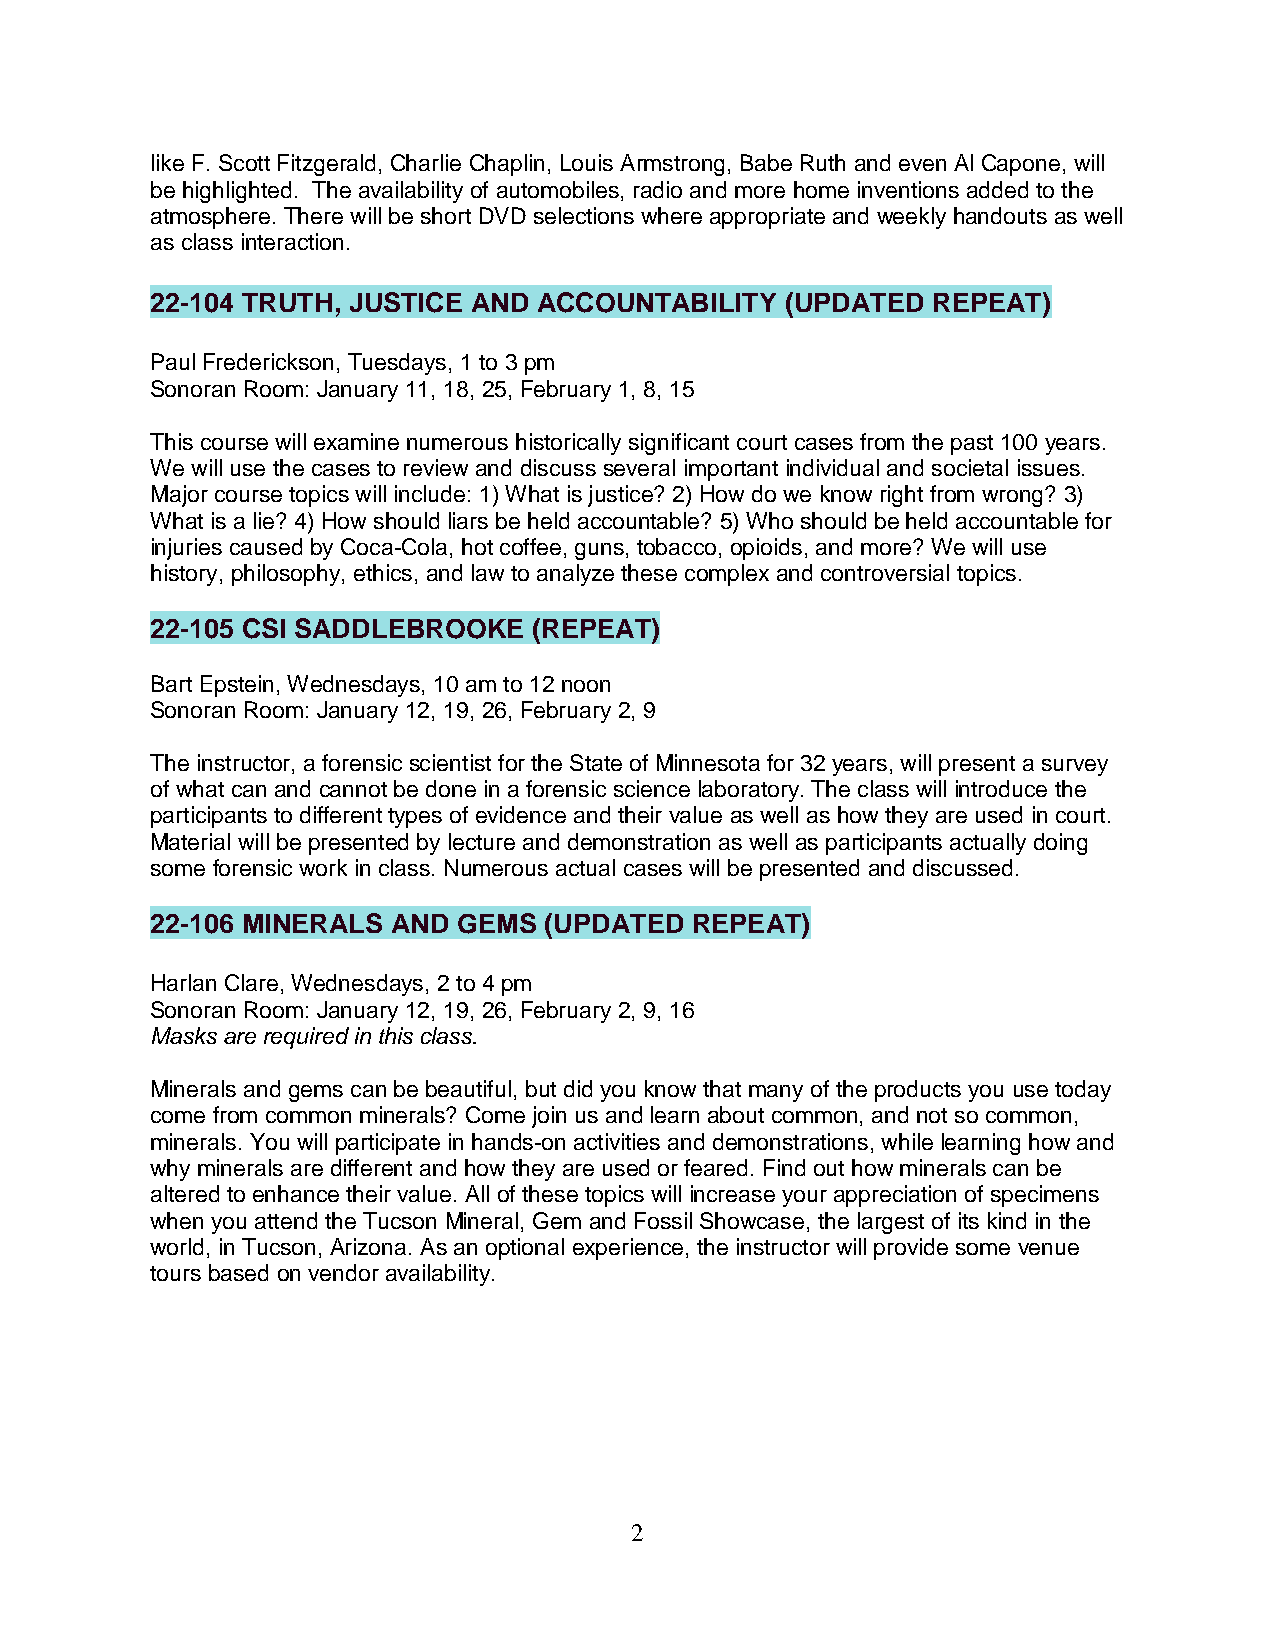
like F. Scott Fitzgerald, Charlie Chaplin, Louis Armstrong, Babe Ruth and even Al Capone, will
 be highlighted. The availability of automobiles, radio and more home inventions added to the
 atmosphere. There will be short DVD selections where appropriate and weekly handouts as well
 as class interaction.
 22-104 TRUTH, JUSTICE AND ACCOUNTABILITY  (UPDATED  REPEAT)
 Paul Frederickson, Tuesdays, 1 to 3 pm
 Sonoran Room: January 11, 18, 25, February 1, 8, 15
 This course will examine numerous historically significant court cases from the past 100 years.
 We will use the cases to review and discuss several important individual and societal issues.
 Major course topics will include: 1) What is justice? 2) How do we know right from wrong? 3)
 What is a lie? 4) How should liars be held accountable? 5) Who should be held accountable for
 injuries caused by Coca-Cola, hot coffee, guns, tobacco, opioids, and more? We will use
 history, philosophy, ethics, and law to analyze these complex and controversial topics.
 22-105 CSI SADDLEBROOKE  (REPEAT)
 Bart Epstein, Wednesdays, 10 am to 12 noon
 Sonoran Room: January 12, 19, 26, February 2, 9
 The instructor, a forensic scientist for the State of Minnesota for 32 years, will present a survey
 of what can and cannot be done in a forensic science laboratory. The class will introduce the
 participants to different types of evidence and their value as well as how they are used in court.
 Material will be presented by lecture and demonstration as well as participants actually doing
 some forensic work in class. Numerous actual cases will be presented and discussed.
 22-106 MINERALS AND GEMS  (UPDATED  REPEAT)
 Harlan Clare, Wednesdays, 2 to 4 pm
 Sonoran Room: January 12, 19, 26, February 2, 9, 16
 Masks are required in this class.
 Minerals and gems can be beautiful, but did you know that many of the products you use today
 come from common minerals? Come join us and learn about common, and not so common,
 minerals. You will participate in hands-on activities and demonstrations, while learning how and
 why minerals are different and how they are used or feared. Find out how minerals can be
 altered to enhance their value. All of these topics will increase your appreciation of specimens
 when you attend the Tucson Mineral, Gem and Fossil Showcase, the largest of its kind in the
 world, in Tucson, Arizona. As an optional experience, the instructor will provide some venue
 tours based on vendor availability.
 2